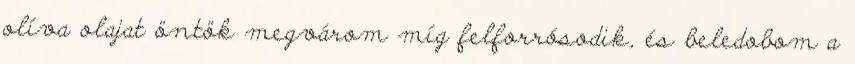
olíva olajat öntök megvárom míg felforrósodik, és beledobom a